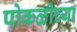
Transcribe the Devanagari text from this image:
पोकळीच्‍या